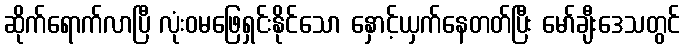
ဆိုက်ရောက်လာပြီ လုံးဝမဖြေရှင်းနိုင်သော နှောင့်ယှက်နေတတ်ပြီး မော်ချီးဒေသတွင်